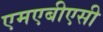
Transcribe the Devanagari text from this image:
एमएबीएसी